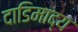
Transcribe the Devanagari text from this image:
दाडिमाद्य